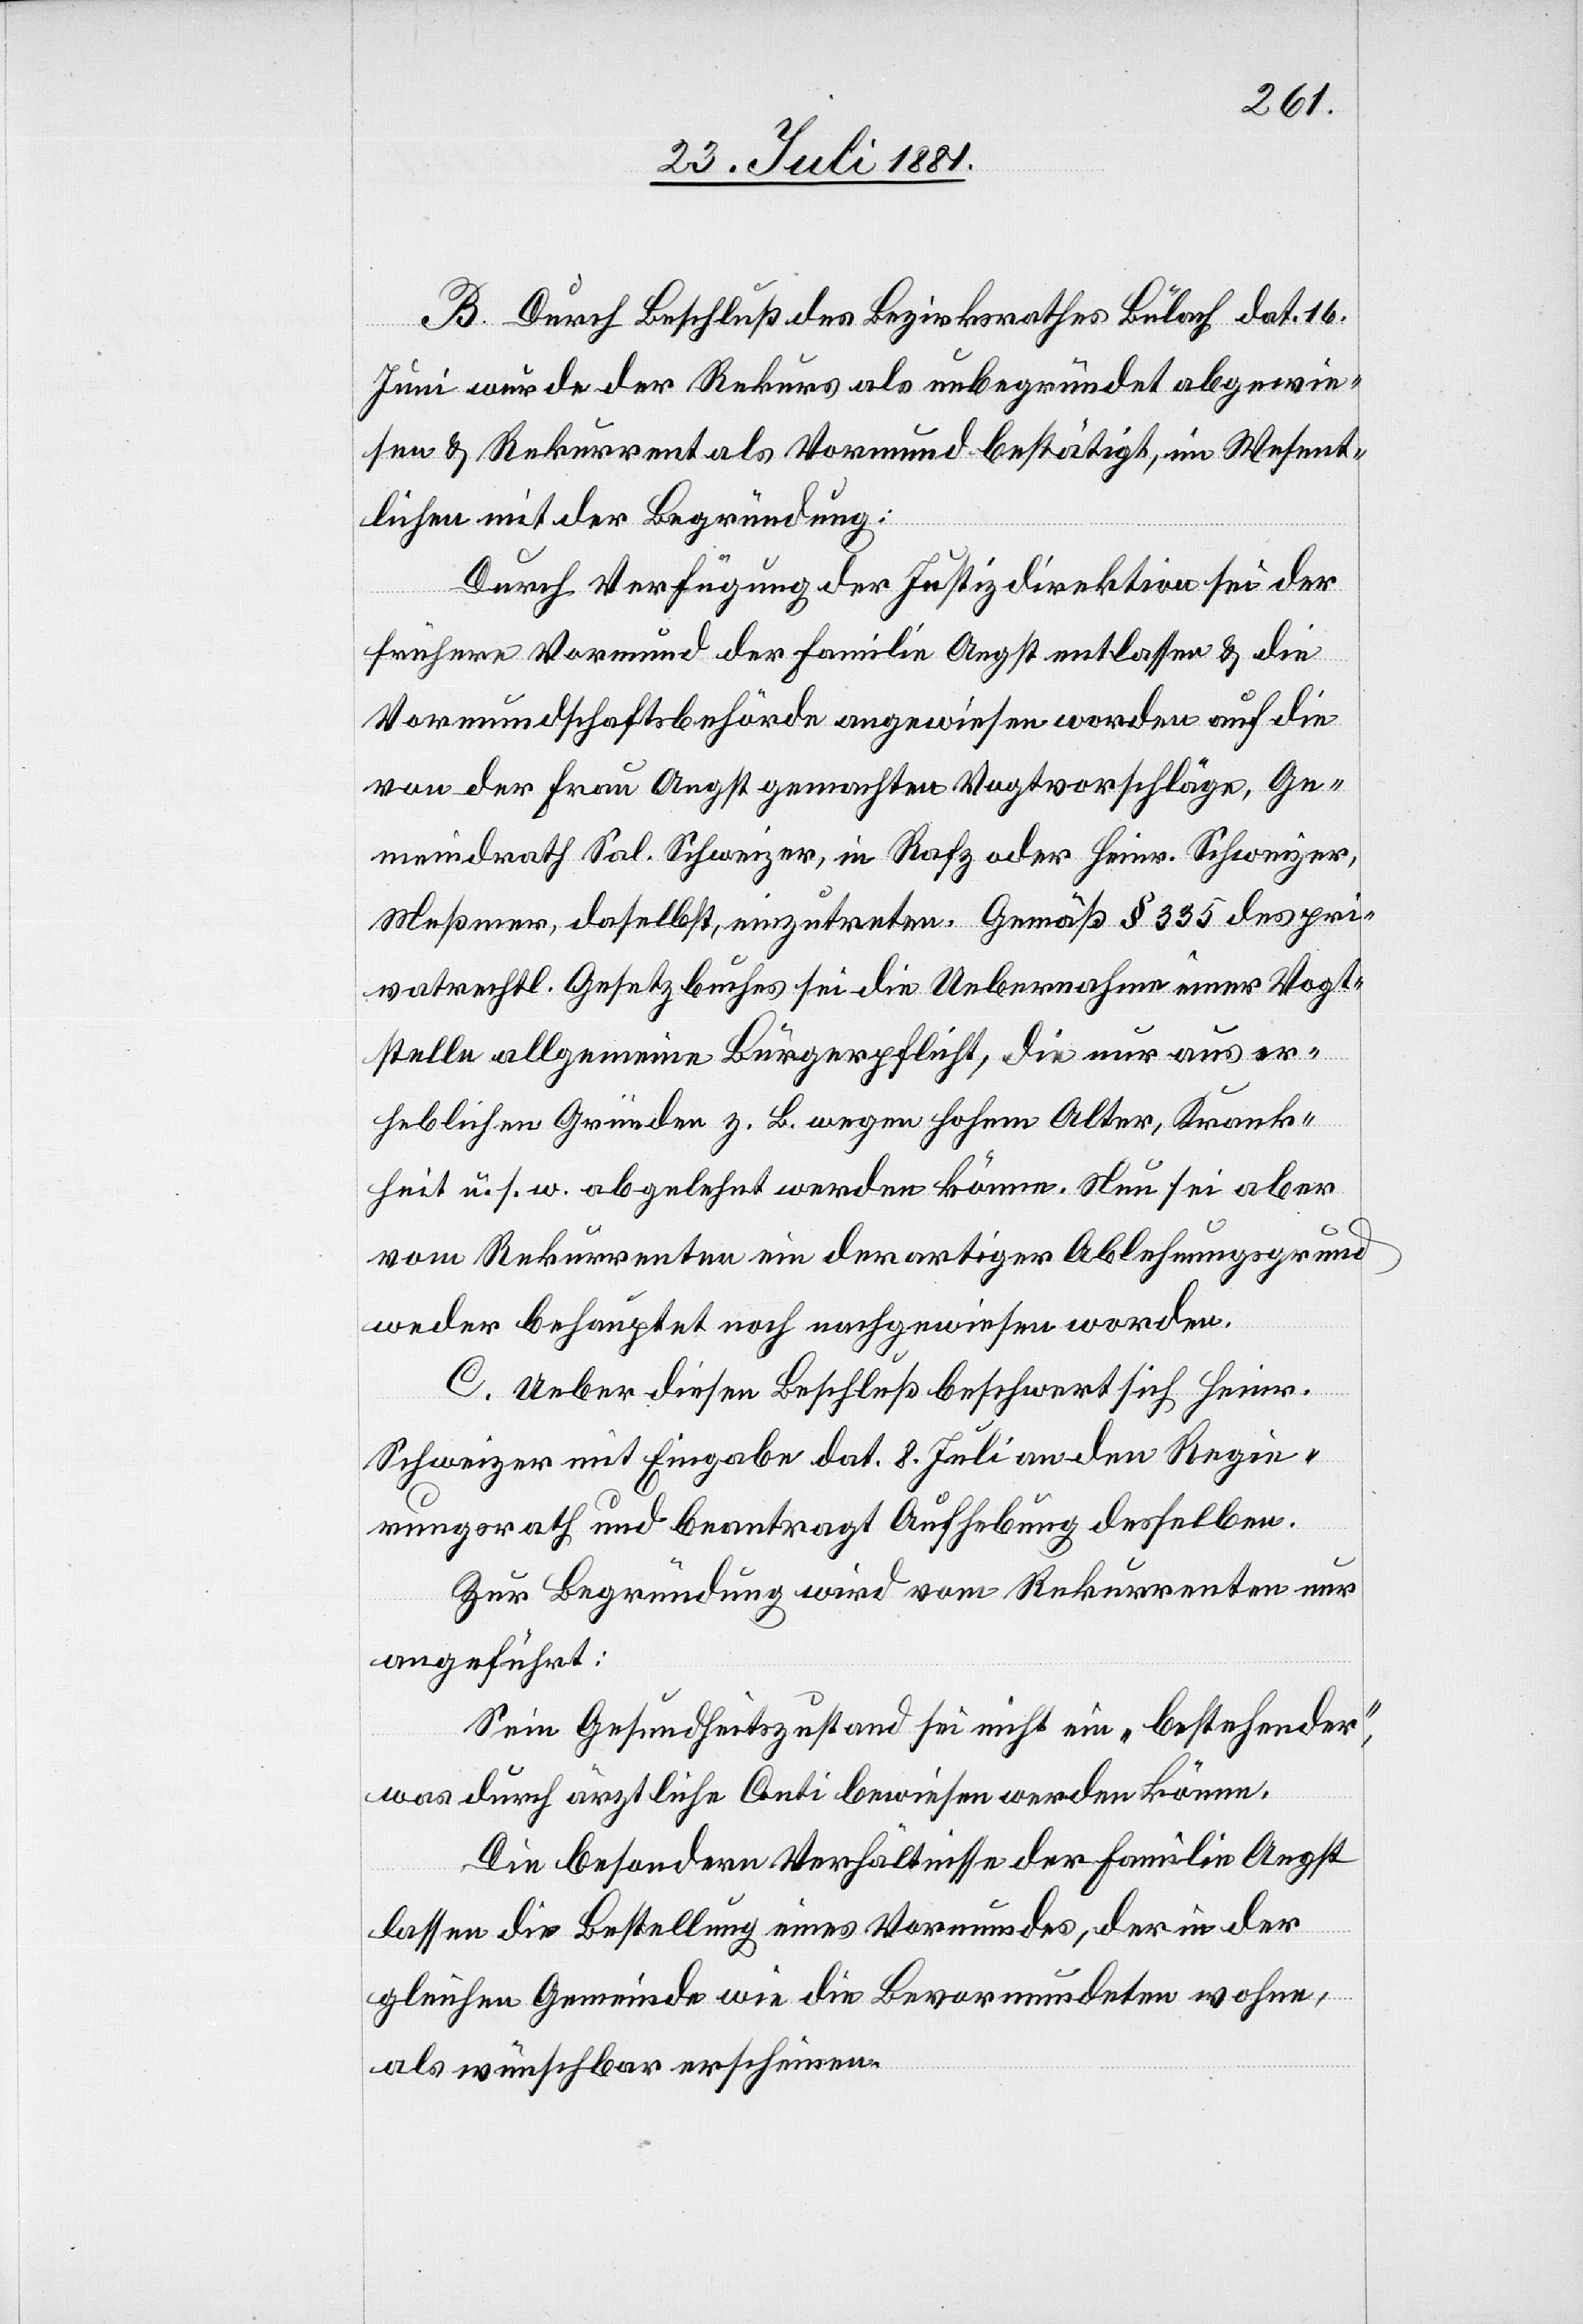
B. Durch Beschluß des Bezirksrathes Bülach dat. 16.
Juni wurde der Rekurs als unbegründet abgewie¬
sen & Rekurrent als Vormund bestätigt, im Wesent¬
lichen mit der Begründung:
Durch Verfügung der Justizdirektion sei der
frühere Vormund der Familie Angst entlassen & auf die
von der Frau Angst gemachten Vogtvorschläge, Ge¬
meindrath Sal. Schweizer, in Rafz oder Heinr. Schweizer,
Meßmer, daselbst, einzutreten. Gemäß § 335 des pri¬
vatrechtl. Gesetzbuches sei die Uebernahme einer Vogt¬
stelle allgemeine Bürgerpflicht, die nur aus er¬
heblichen Gründen z. B. wegen hohem Alter, Krank¬
heit u. s. w. abgelehnt werden könne. Nun sei aber
vom Rekurrenten ein derartiger Ablehnungsgrund
weder behauptet noch nachgewiesen worden.
C. Ueber diesen Beschluß beschwert sich Heinr.
Schweizer mit Eingabe dat. 8. Juli an den Regie¬
rungsrath und beantragt Aufhebung desselben.
Zur Begründung wird vom Rekurrenten nur
angeführt:
Sein Gesundheitszustand sei nicht ein „bestehender“,
was durch ärztliche Conti bewiesen werden könne.
Die besonderen Verhältnisse der Familie Angst
lassen die Bestellung eines Vormundes, der in der
gleichen Gemeinde wie die Bevormundeten wohne,
als wünschbar erscheinen.